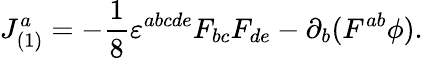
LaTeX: J_{(1)}^{a}=-\frac{1}{8}\varepsilon^{abcde}F_{bc}F_{de}-\partial_{b}(F^{ab}\phi).